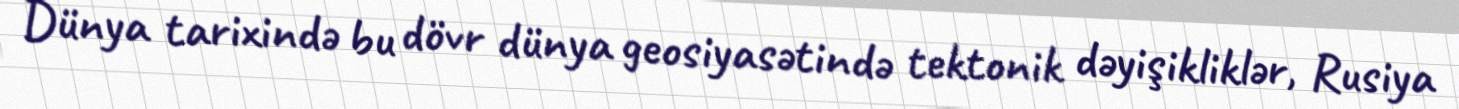
Dünya tarixində bu dövr dünya geosiyasətində tektonik dəyişikliklər, Rusiya